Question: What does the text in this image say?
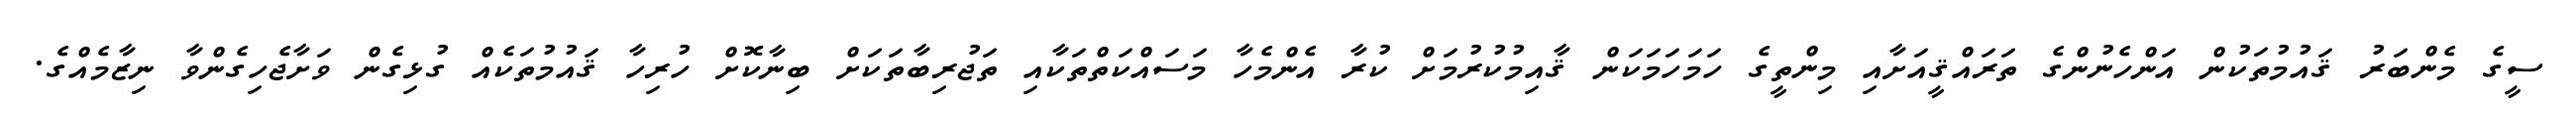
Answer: ސީގެ މެންބަރު ޤައުމުތަކުން އަންހެނުންގެ ތަރައްޤީއަށާއި މިންތީގެ ހަމަހަމަކަން ޤާއިމުކުރުމަށް ކުރާ އެންމެހާ މަސައްކަތްތަކާއި ތަޖުރިބާތަކަށް ބިނާކޮށް ހުރިހާ ޤައުމުތަކެއް ގުޅިގެން ވަށާޖެހިގެންވާ ނިޒާމެއްގެ.